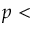
p <